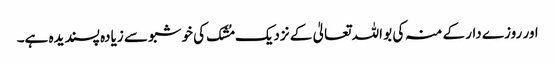
اور روزے دار کے منہ کی بو اللہ تعالیٰ کے نزدیک مُشک کی خوشبو سے زیادہ پسندیدہ ہے۔